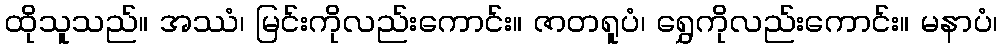
ထိုသူသည်။ အဿံ၊ မြင်းကိုလည်းကောင်း။ ဇာတရူပံ၊ ရွှေကိုလည်းကောင်း။ မနာပံ၊